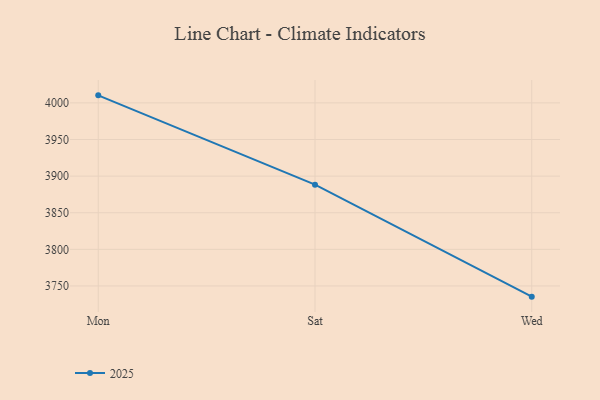
{"axis": {"x": "Day", "y": "Latency (ms)"}, "legend": ["2025"], "data": [{"x": "Mon", "y": 4010.3, "type": "2025"}, {"x": "Sat", "y": 3888.3, "type": "2025"}, {"x": "Wed", "y": 3735.4, "type": "2025"}]}